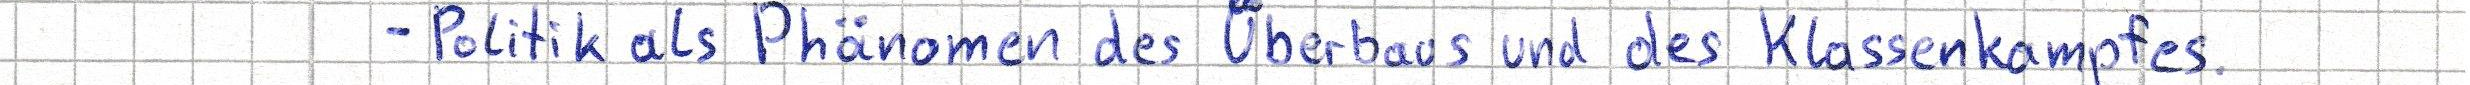
- Politik als Phänomen des Überbaus und des Klassenkampfes